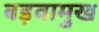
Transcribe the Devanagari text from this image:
बड़वामुख